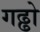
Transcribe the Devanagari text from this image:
गढ्ढो